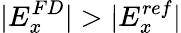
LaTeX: |E_{x}^{FD}|>|E_{x}^{ref}|